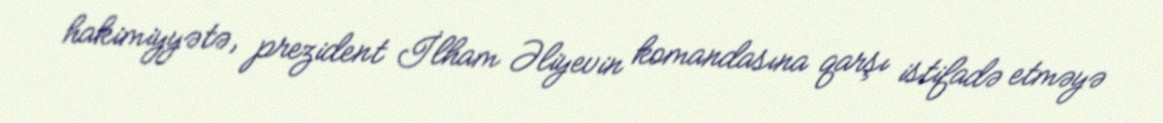
hakimiyyətə, prezident İlham Əliyevin komandasına qarşı istifadə etməyə